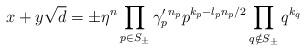
LaTeX: \begin{align*} x+y\sqrt d = \pm\eta ^n\prod_{p \in S_\pm}\gamma '_p{}^{n_p}p^{k_p-l_pn_p/2}\prod_{q \notin S_\pm}q^{k_q} \end{align*}